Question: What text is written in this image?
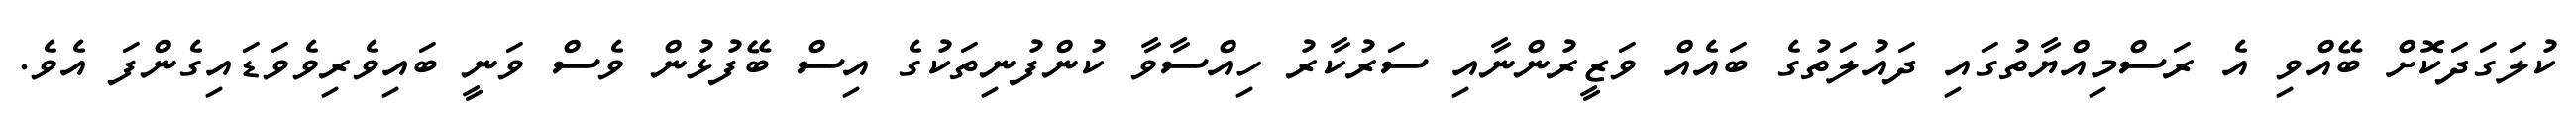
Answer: ކުލަގަދަކޮށް ބޭއްވި އެ ރަސްމިއްޔާތުގައި ދައުލަތުގެ ބައެއް ވަޒީރުންނާއި ސަރުކާރު ހިއްސާވާ ކުންފުނިތަކުގެ އިސް ބޭފުޅުން ވެސް ވަނީ ބައިވެރިވެވަޑައިގެންފަ އެވެ.